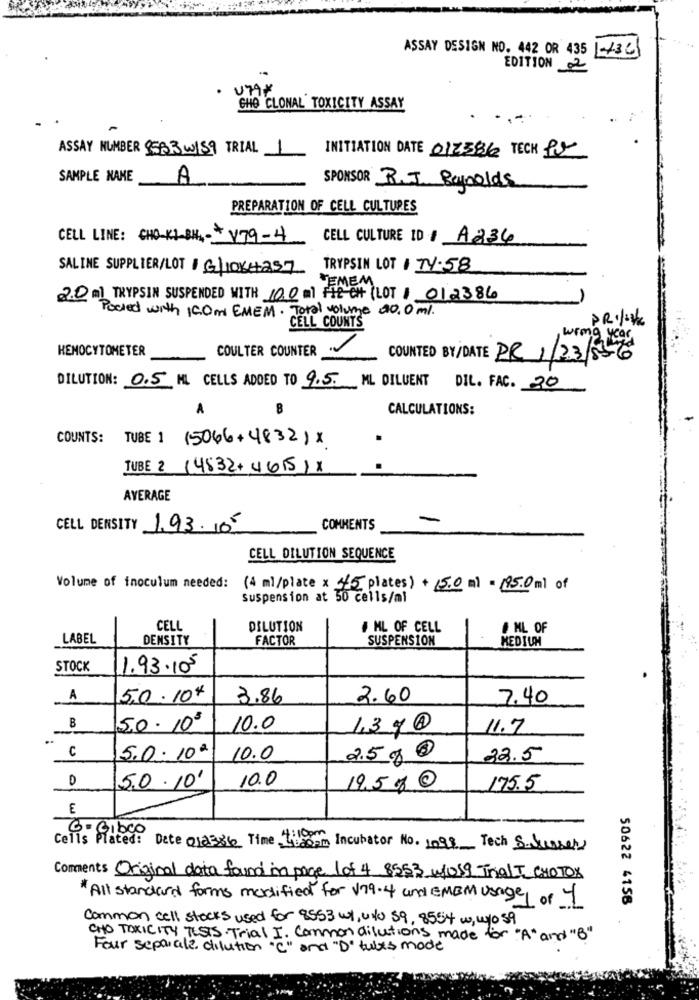
ASSAY DESIGN NO. 442 OR 435
1-+36
EDITION 2
· UTA*
GHO CLONAL TOXICITY ASSAY
ASSAY NUMBER 9583W159 TRIAL 1
INITIATION DATE 012386 TECH Pr
SAMPLE NAME
A
SPONSOR R.J. Reynolds
PREPARATION OF CELL CULTURES
CELL LINE: CHO-K1-8H4-+ V79-4
CELL CULTURE ID / A236
SALINE SUPPLIER/LOT/ G/1084257 TRYPSIN LOT TY.58
20 ml TRYPSIN SUSPENDED WITH 100 ml FAZ CH (LOT ) 012386
Packed with 100ml EMEM. Total volume 20. 0 ml.
CELL COUNTS
KENOCYTOMETER
COULTER COUNTER
COUNTED BY/DATE PR 1/23/55-6
DILUTION: 0.5 ML CELLS ADDED TO 9.5 ML DILUENT DIL. FAC. 20
A
8
CALCULATIONS:
COUNTS: TUBE 1 (5046+4832) x
TUBE 2 (4532+4615) X
AVERAGE
CELL DENSITY 1.93.105
COMMENTS
CELL DILUTION SEQUENCE
Volume of inoculum needed: (4 ml/plate × 15 plates) + 15.0 m) = 195.0 ml of
Suspension at 50 cells/ml
CELL
DILUTION
# ML OF CELL
# ML OF
LABEL
DENSITY
FACTOR
SUSPENSION
MEDIUM
STOCK
1.93.105
A
5.0 .10%
3.86
2.60
7.40
B
5.0. 105
10.0
13 90
11.7
C
5.0.10ª
10.0
2.5g 0
22.5
D
5.0 . 10'
10.0
19.500
175.5
E
3 . Gibco
Cells Plated: Dete 012386 Time tim
Madam Incubator No. 1098 Tech S.husser
Comments Original data found in page 1of 4 8553 wos9 TraLT CHOTOX
"All standard forms mortified for V79.4 and eMEM usage of 1
50622 4156
Common cell stocks used for 8553 w1, ul 59, 8554 w, w10 59
CHO TOXICITY TESTS Trial I. Common dilutions made for "A" and "B"
Four separale dilution "C " and "D' tules mode